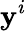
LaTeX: \mathbf{y}^{i}